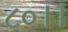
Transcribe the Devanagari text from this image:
८०।।